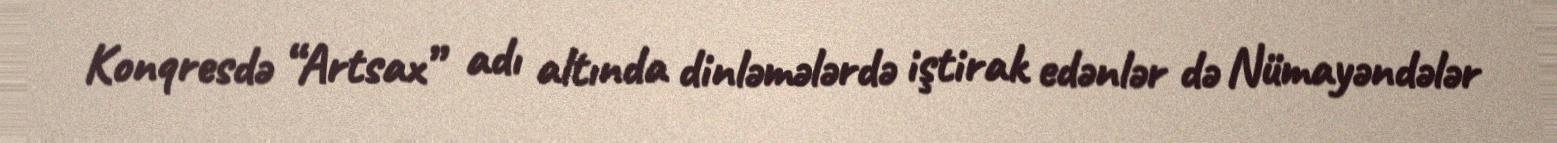
Konqresdə “Artsax” adı altında dinləmələrdə iştirak edənlər də Nümayəndələr